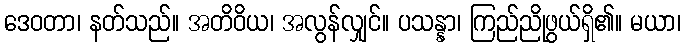
ဒေဝတာ၊ နတ်သည်။ အတိဝိယ၊ အလွန်လျှင်။ ပသန္နာ၊ ကြည်ညိုဖွယ်ရှိ၏။ မယာ၊